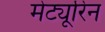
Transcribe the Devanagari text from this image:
मेट्यूरिन